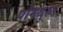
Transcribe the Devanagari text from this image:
पोंमथुरुत